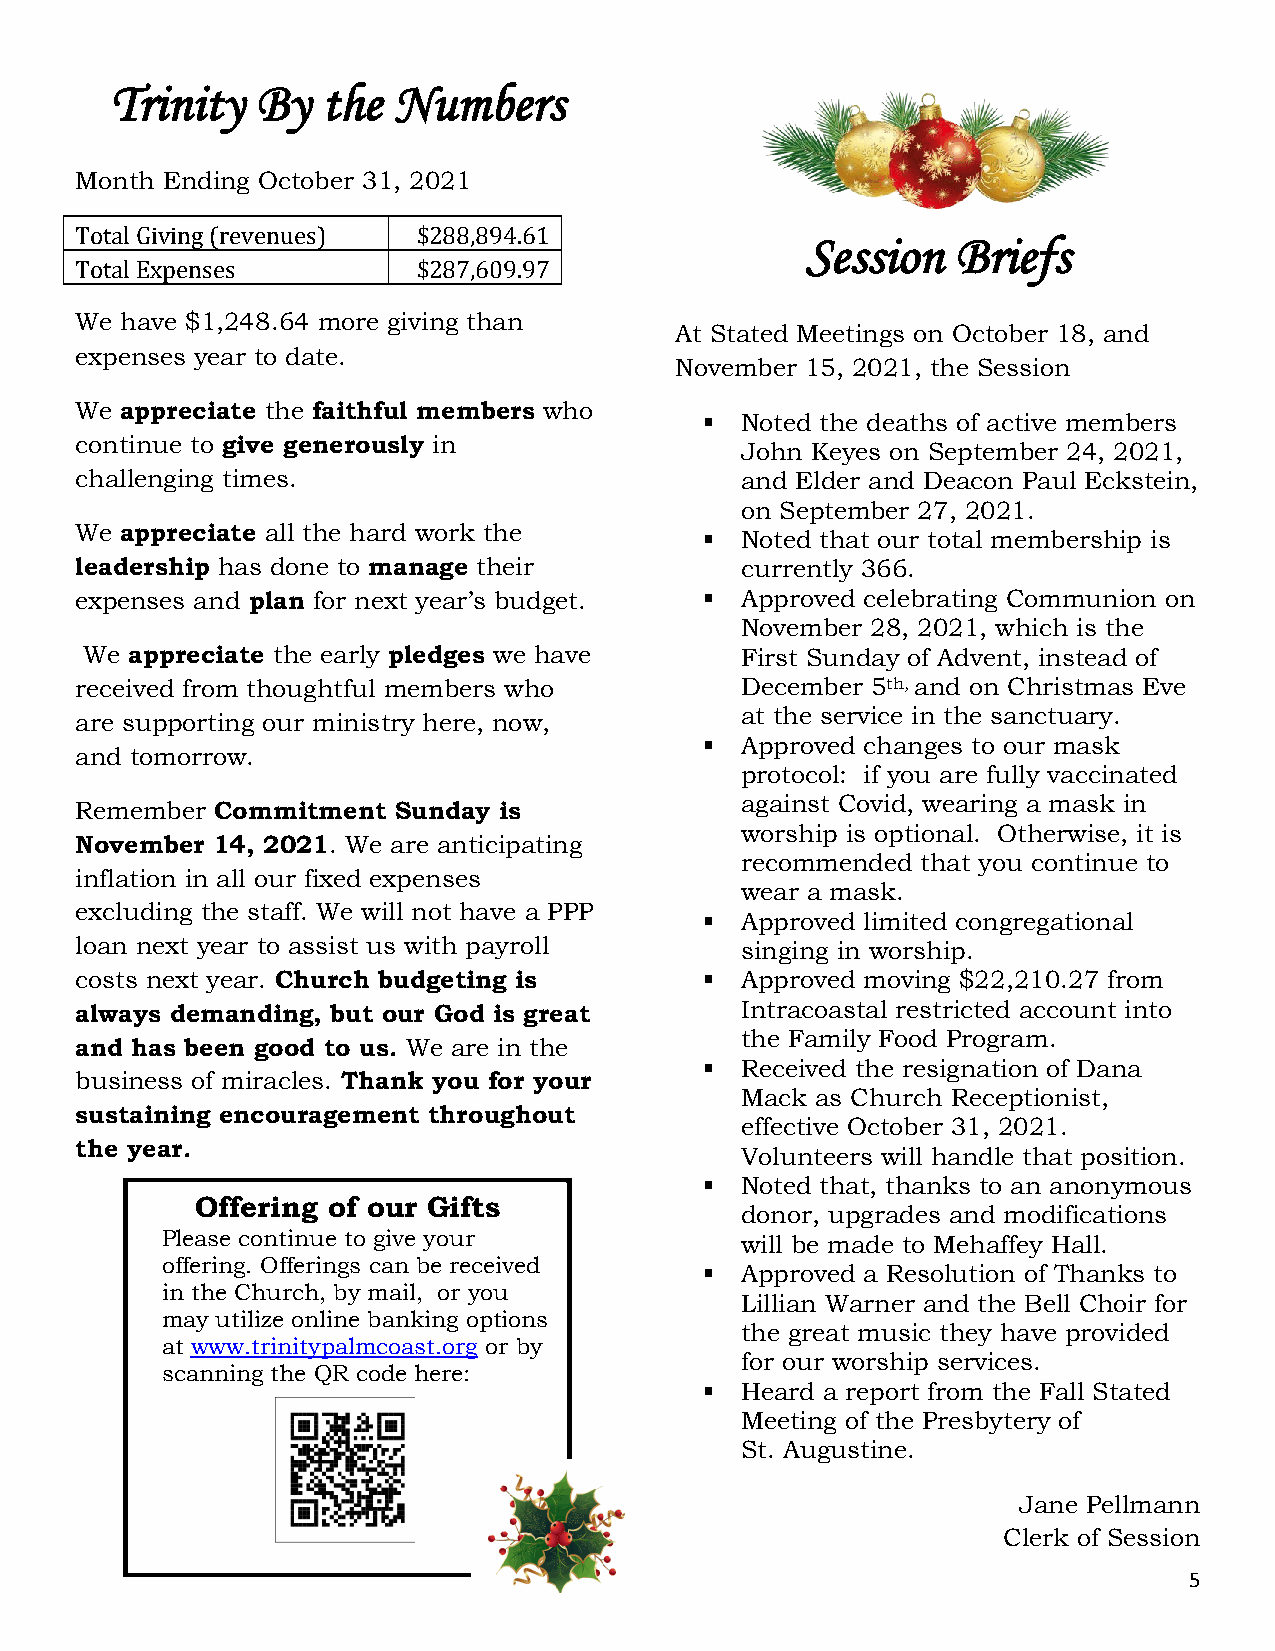
Trinity   By  the  Numbers
 Month Ending October 31, 2021
 Total Giving (revenues) $288,894.61
 Session   Briefs
 T otal Expenses        $287,609.97
 We have $1,248.64 more giving than
 At Stated Meetings on October 18, and
 expenses year to date.
 November 15, 2021, the Session
 We appreciate the faithful members who
  Noted the deaths of active members
 continue to give generously in
 John Keyes on September 24, 2021,
 challenging times.                          and Elder and Deacon Paul Eckstein,
 on September 27, 2021.
 We appreciate all the hard work the
  Noted that our total membership is
 leadership has done to manage their         currently 366.
 expenses and plan for next year’s budget.  Approved celebrating Communion on
 November 28, 2021, which is the
 We appreciate the early pledges we have     First Sunday of Advent, instead of
 received from thoughtful members who        December 5th, and on Christmas Eve
 at the service in the sanctuary.
 are supporting our ministry here, now,
  Approved changes to our mask
 and tomorrow.
 protocol: if you are fully vaccinated
 against Covid, wearing a mask in
 Remember Commitment  Sunday is
 worship is optional. Otherwise, it is
 November 14, 2021. We are anticipating
 recommended that you continue to
 inflation in all our fixed expenses
 wear a mask.
 excluding the staff. We will not have a PPP
  Approved limited congregational
 loan next year to assist us with payroll    singing in worship.
 costs next year. Church budgeting is       Approved moving $22,210.27 from
 always demanding, but our God is great      Intracoastal restricted account into
 the Family Food Program.
 and has been good to us. We are in the
  Received the resignation of Dana
 business of miracles. Thank you for your
 Mack as Church Receptionist,
 sustaining encouragement throughout
 effective October 31, 2021.
 the year.
 Volunteers will handle that position.
  Noted that, thanks to an anonymous
 Offering of our Gifts
 donor, upgrades and modifications
 Please continue to give your          will be made to Mehaffey Hall.
 offering. Offerings can be received
  Approved a Resolution of Thanks to
 in the Church, by mail, or you
 Lillian Warner and the Bell Choir for
 may utilize online banking options
 the great music they have provided
 at www.trinitypalmcoast.org or by
 for our worship services.
 scanning the QR code here:
  Heard a report from the Fall Stated
 Meeting of the Presbytery of
 St. Augustine.
 Jane Pellmann
 Clerk of Session
 5